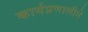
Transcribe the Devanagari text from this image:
कार्यप्रणालीने